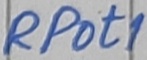
Text: RPot1